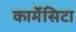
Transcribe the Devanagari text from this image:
कार्मेंसिटा